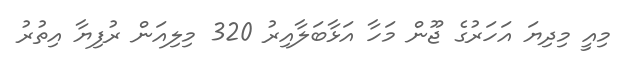
މިއީ މިދިޔަ އަހަރުގެ ޖޫން މަހާ އަޅާބަލާއިރު 320 މިލިއަން ރުފިޔާ އިތުރު